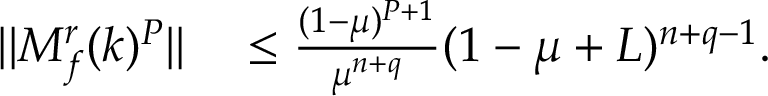
\begin{array} { r l } { \lvert | M _ { f } ^ { r } ( k ) ^ { P } \rvert | } & { { } \leq \frac { ( 1 - \mu ) ^ { P + 1 } } { \mu ^ { n + q } } ( 1 - \mu + L ) ^ { n + q - 1 } . } \end{array}